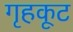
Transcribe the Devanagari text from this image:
गृहकूट